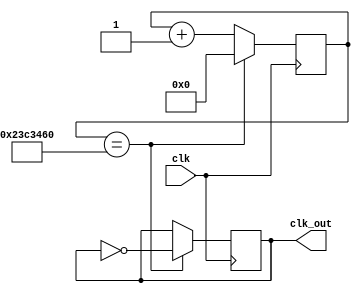
module divisor_de_frecuencia#( 
	parameter in_f = 75000000, //Frecuencia de entrada 
	parameter out_f = 1 //Frecuencia de salida deseada
)(
	//Entradas
	input clk,
	
	//Salidas
	output reg clk_out
);

localparam f_0 = in_f; //Frecuencia del clk de entrada
localparam f_out = out_f; //Frecuencia de salida deseada
localparam max = f_0/(2*f_out); //Mximo valor del contador
reg [25:0] count; //Contador

initial begin
	count=0;
	clk_out=0;
end

always @(posedge clk) begin
	if(count==max)begin
		clk_out=~clk_out;
		count=0;
	end else begin
		count=count+1;
	end
end
endmodule